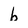
Character: b